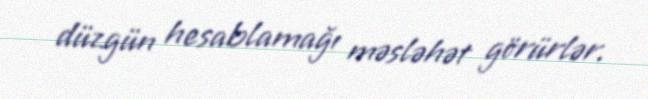
düzgün hesablamağı məsləhət görürlər.